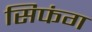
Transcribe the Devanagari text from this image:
सिफंग